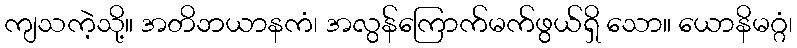
ကျသကဲ့သို့။ အတိဘယာနကံ၊ အလွန်ကြောက်မက်ဖွယ်ရှိ သော။ ယောနိမဂ္ဂံ၊